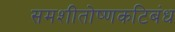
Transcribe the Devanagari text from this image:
समशीतोष्णकटिबंध